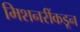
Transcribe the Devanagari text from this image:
मिशनरींकडून